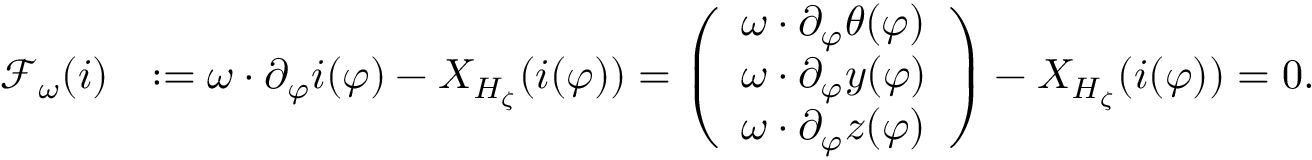
\begin{array} { r l } { \mathcal { F } _ { \omega } ( i ) } & { : = \omega \cdot \partial _ { \varphi } i ( \varphi ) - X _ { H _ { \zeta } } ( i ( \varphi ) ) = \left( \begin{array} { l } { \omega \cdot \partial _ { \varphi } \theta ( \varphi ) } \\ { \omega \cdot \partial _ { \varphi } y ( \varphi ) } \\ { \omega \cdot \partial _ { \varphi } z ( \varphi ) } \end{array} \right) - X _ { H _ { \zeta } } ( i ( \varphi ) ) = 0 . } \end{array}